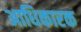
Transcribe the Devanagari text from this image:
अाधिकारक